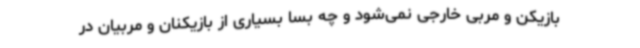
بازیکن و مربی خارجی نمی‌شود و چه بسا بسیاری از بازیکنان و مربیان در